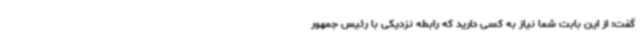
گفت: از این بابت شما نیاز به کسی دارید که رابطه نزدیکی با رئیس جمهور